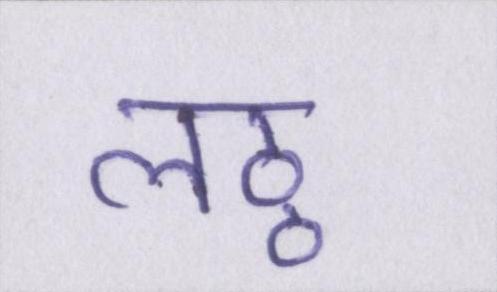
लठ्ठ